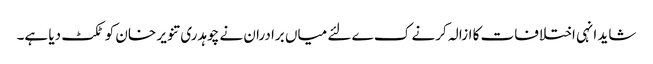
شاید انہی اختلافات کا ازالہ کرنے ک ے لئے میاں برادران نے چوہدری تنویر خان کو ٹکٹ دیا ہے۔